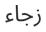
زجاء